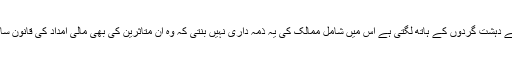
ٹاسک فورس کے فرائض منصبی میں اس رقم کا کھوج لگانا ہے جو غیر قانونی طریقہ سے دہشت گردوں کے ہاتھ لگتی ہے اس میں شامل ممالک کی یہ ذمہ داری نہیں بنتی کہ وہ ان متاثرین کی بھی مالی امداد کی قانون سازی کریں جن کی دوہری پالیسیوں کی سزا معصوم شہریوں کو موت کی صورت میں ملی؟